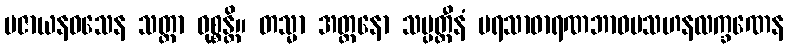
ပဇာယနဝသေန သတ္တာ ဝုစ္စန္တိ။ တသ္မာ အတ္တနော သမ္ပတ္တီနံ ပရသာဓာရဏဘာဝမသဟနလက္ခဏေန